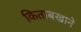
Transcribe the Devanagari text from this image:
किताबखाने